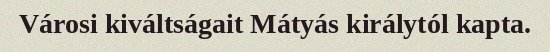
Városi kiváltságait Mátyás királytól kapta.